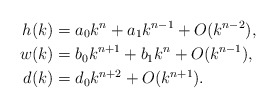
\begin{align*}h(k) &=a_0k^n+a_1k^{n-1}+O(k^{n-2}), \\ w(k) &= b_0k^{n+1}+b_1k^n+O(k^{n-1}), \\ d(k) &= d_0 k^{n+2} + O(k^{n+1}).\end{align*}